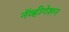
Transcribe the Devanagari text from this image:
नॅव्हीगेशन